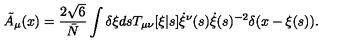
{ \tilde { A } } _ { \mu } ( x ) = \frac { 2 \sqrt { 6 } } { \bar { N } } \int \delta \xi d s T _ { \mu \nu } [ \xi | s ] \dot { \xi } ^ { \nu } ( s ) \dot { \xi } ( s ) ^ { - 2 } \delta ( x - \xi ( s ) ) .